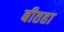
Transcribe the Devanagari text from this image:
बीतहा